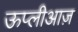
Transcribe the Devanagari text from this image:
ऊप्लीआज़